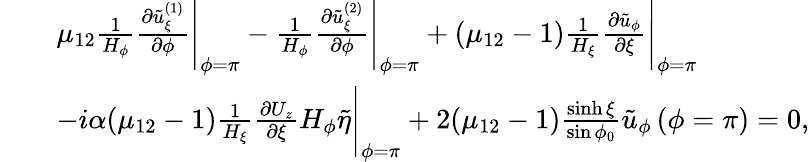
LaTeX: \begin{array}{rl}&{\begin{array}{rl}&{\mu_{12}\frac{1}{H_{\phi}}\frac{\partial\tilde{u}_{\xi}^{(1)}}{\partial\phi}\Biggr|_{\phi=\pi}-\frac{1}{H_{\phi}}\frac{\partial\tilde{u}_{\xi}^{(2)}}{\partial\phi}\Biggr|_{\phi=\pi}+(\mu_{12}-1)\frac{1}{H_{\xi}}\frac{\partial\tilde{u}_{\phi}}{\partial\xi}\Biggr|_{\phi=\pi}}\\ &{-i\alpha(\mu_{12}-1)\frac{1}{H_{\xi}}\frac{\partial U_{z}}{\partial\xi}H_{\phi}\tilde{\eta}\Biggr|_{\phi=\pi}+2(\mu_{12}-1)\frac{\sinh\xi}{\sin\phi_{0}}\tilde{u}_{\phi}\left(\phi=\pi\right)=0,}\end{array}}\end{array}